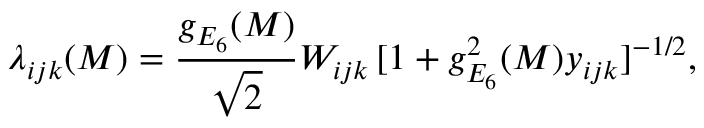
\lambda _ { i j k } ( M ) = \frac { g _ { E _ { 6 } } ( M ) } { \sqrt { 2 } } W _ { i j k } \, [ 1 + g _ { E _ { 6 } } ^ { 2 } ( M ) y _ { i j k } ] ^ { - 1 / 2 } ,